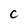
Character: C